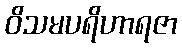
ဝိသမပရိဟာရဇာ